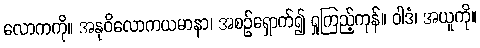
လောကကို။ အနုဝိလောကယမာနာ၊ အစဉ်ရှောက်၍ ရှုကြည့်ကုန်။ ဝါဒံ၊ အယူကို။